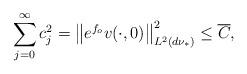
LaTeX: \begin{align*}\sum_{j=0}^{\infty}c_j^2=\left\|e^{f_o}v(\cdot, 0)\right\|^2_{L^2(d\nu_*)}\leq \overline C,\end{align*}